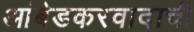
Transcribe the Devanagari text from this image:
आंबेडकरवादाची